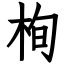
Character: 栒